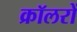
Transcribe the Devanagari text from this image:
क्रॉलरों